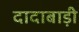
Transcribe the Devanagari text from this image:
दादाबाड़ी